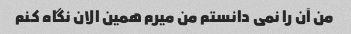
من آن را نمی دانستم من میرم همین الان نگاه کنم